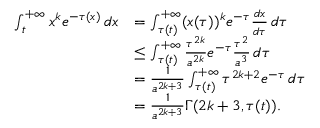
\begin{array} { r l } { \int _ { t } ^ { + \infty } x ^ { k } e ^ { - \tau ( x ) } \, d x } & { = \int _ { \tau ( t ) } ^ { + \infty } ( x ( \tau ) ) ^ { k } e ^ { - \tau } \frac { d x } { d \tau } \, d \tau } \\ & { \leq \int _ { \tau ( t ) } ^ { + \infty } \frac { \tau ^ { 2 k } } { a ^ { 2 k } } e ^ { - \tau } \frac { \tau ^ { 2 } } { a ^ { 3 } } \, d \tau } \\ & { = \frac { 1 } { a ^ { 2 k + 3 } } \int _ { \tau ( t ) } ^ { + \infty } \tau ^ { 2 k + 2 } e ^ { - \tau } \, d \tau } \\ & { = \frac { 1 } { a ^ { 2 k + 3 } } \Gamma ( 2 k + 3 , \tau ( t ) ) . } \end{array}